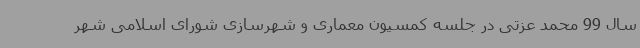
سال 99 محمد عزتی در جلسه کمسیون معماری و شهرسازی شورای اسلامی شهر